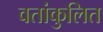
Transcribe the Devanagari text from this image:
वतांकुलित